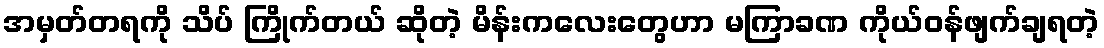
အမှတ်တရကို သိပ် ကြိုက်တယ် ဆိုတဲ့ မိန်းကလေးတွေဟာ မကြာခဏ ကိုယ်ဝန်ဖျက်ချရတဲ့